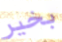
بخير